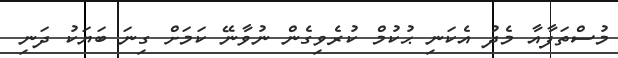
މުސްތަފާއާ މެދު އެކަނި ޙުކުމް ކުރެވިގެން ނުވާނޭ ކަމަށް ގިނަ ބަޔަކު ދަނި